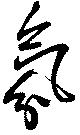
氛